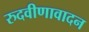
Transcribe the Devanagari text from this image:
रुदवीणावादन